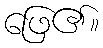
ဖြေ၏။